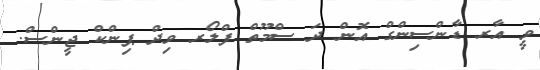
ވީ އާރ ޑާންސިންގް އޮން ދަ ސްމޫތް ފްލޯރ ވިދް ޕިންކް ޖީންސް.